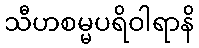
သီဟစမ္မပရိဝါရာနိ